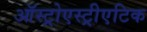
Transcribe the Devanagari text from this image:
ऑस्ट्रोएस्ट्रीएटिक